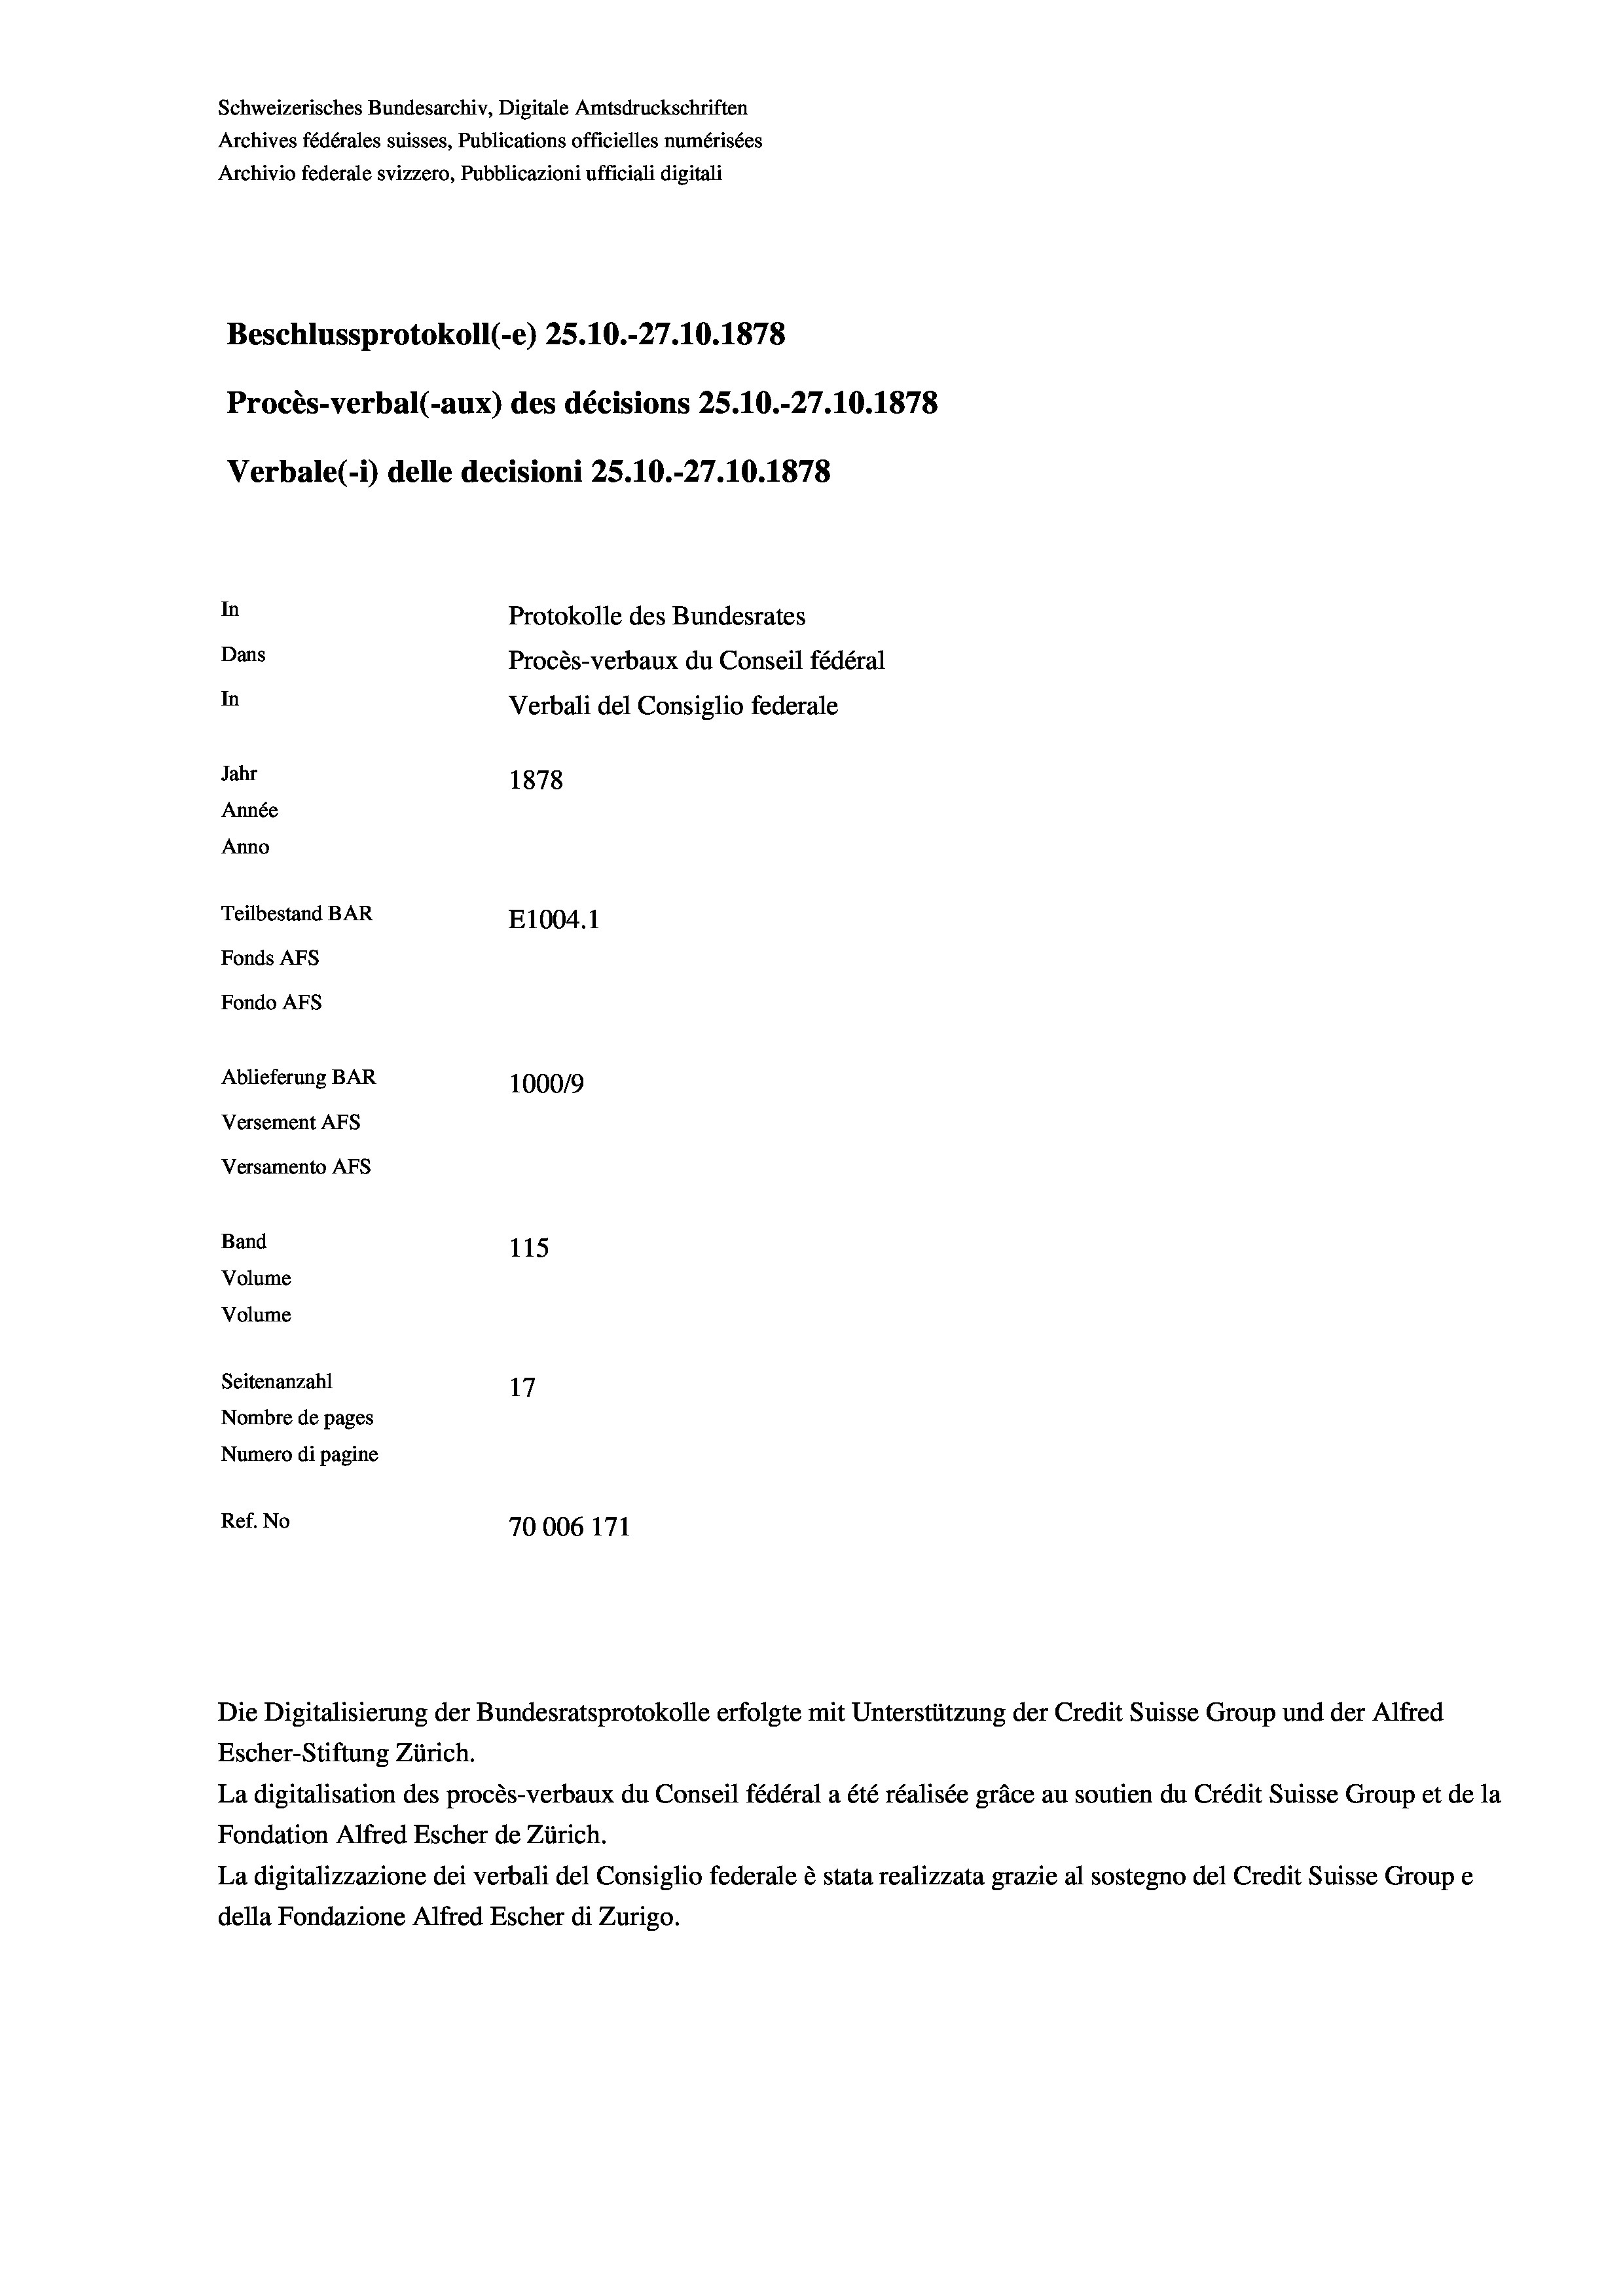
Schweizerisches Bundesarchiv, Digitale Amtsdruckschriften
Archives fédérales suisses, Publications officielles numérisées
Archivio federale svizzero, Pubblicazioni ufficiali digitali
Beschlussprotokoll (-e) 25.10.-27.10.1878
Procès-verbal (-aux) des décisions 25.10.-27.10.1878
Verbale (- 1) delle decisioni 25.10.-27.10.1878
In
Protokolle des Bundesrates
Dans
Procès-verbaux du Conseil fédéral
In
Verbali del Consiglio federale
Jahr
1878
Année
Anno
Teilbestand BAR
E1004. 1
Fonds AFs
Fondo AFs
Ablieferung BAR
100019
Versement AFs
Versamento AFs
Band
115
Volume
Volume
Seitenanzahl
17
Nombre de pages
Numero di pagine
Ref. No
70006 171

Escher-Stiftung Zürich.
La digitalisation des procès-verbaux du Conseil fédéral a été réalisée gräce au soutien du Crédit Suisse Group et de la
Fondation Alfred Escher de Zürich.
La digitalizzazione dei verbali del Consiglio federale è stata realizzata grazie al sostegno del Credit Suisse Groupe
della Fondazione Alfred Escher di Zurigo.

Die Digitalisierung der Bundesratsprotokolle erfolgte mit Unterstützung der Credit Suisse Group und der Alfred